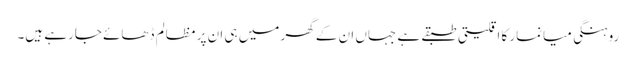
روہنگی میانمار کا اقلیتی طبقے ہے جہاں ان کے گھر میں ہی ان پر مظالم ڈھائے جارہے ہیں۔